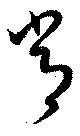
常